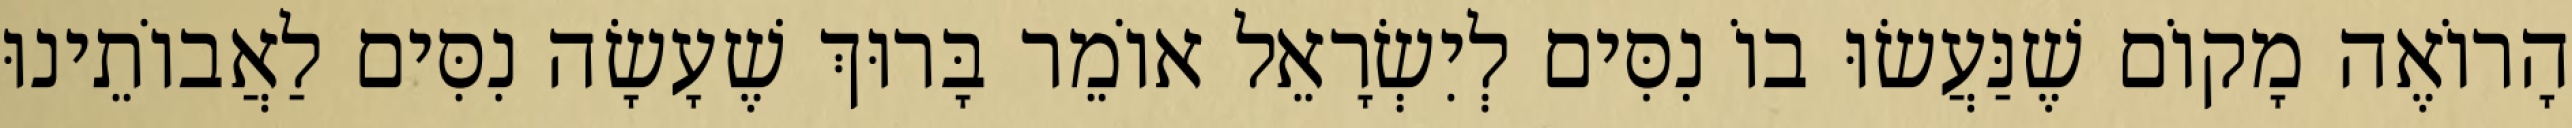
הָרוֹאֶה מָקוֹם שֶׁנַּעֲשׂוּ בוֹ נִסִּים לְיִשְׂרָאֵל אוֹמֵר בָּרוּךְ שֶׁעָשָׂה נִסִּים לַאֲבוֹתֵינוּ